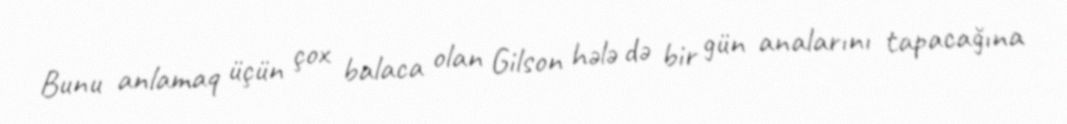
Bunu anlamaq üçün çox balaca olan Gilson hələ də bir gün analarını tapacağına